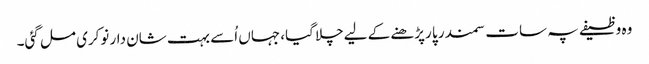
وہ وظیفے پہ سات سمندر پا رپڑھنے کے لیےچلا گیا، جہاں اُسے بہت شان دار نوکری مل گئی۔